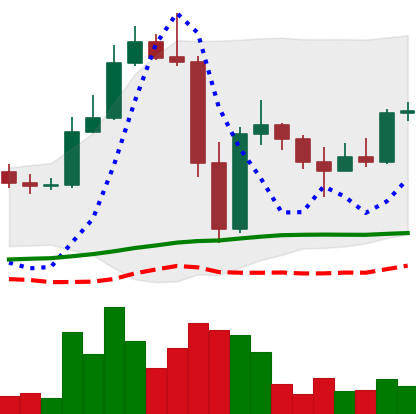
Ticker: LTC-USD
Chart end date: 2022-11-18
Forward return: 26.11%
Label: up_7plus